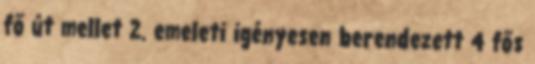
fő út mellet 2. emeleti igényesen berendezett 4 fős